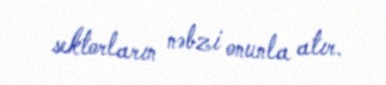
sektorların nəbzi onunla atır.